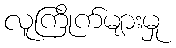
လူကြိုက်များမှု